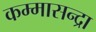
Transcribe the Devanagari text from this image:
कम्मासन्द्रा